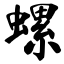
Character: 螺